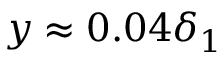
y \approx 0 . 0 4 \delta _ { 1 }